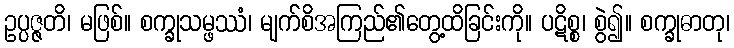
ဥပ္ပဇ္ဇတိ၊ မဖြစ်။ စက္ခုသမ္ဖဿံ၊ မျက်စိအကြည်၏တွေ့ထိခြင်းကို။ ပဋိစ္စ၊ စွဲ၍။ စက္ခုဓာတု၊